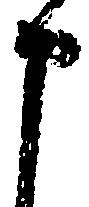
申